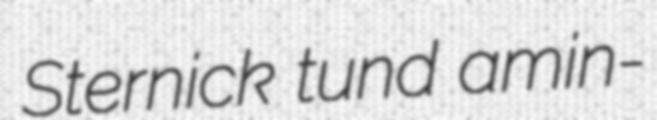
Sternick tund amin-